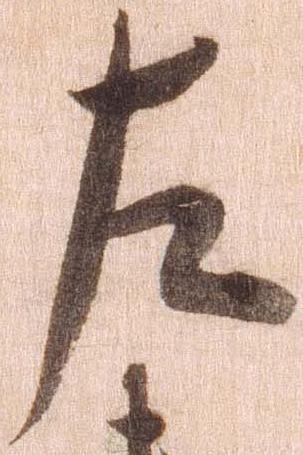
左